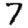
Digit: 7